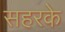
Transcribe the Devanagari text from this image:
सहरके